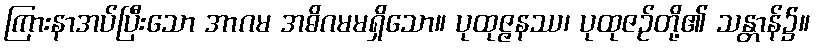
ကြားနာအပ်ပြီးသော အာဂမ အဓိဂမမရှိသော။ ပုထုဇ္ဇနဿ၊ ပုထုဇဉ်တို့၏ သန္တာန်၌။